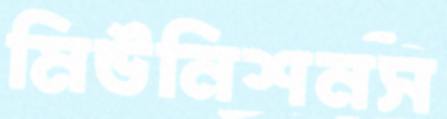
মিউনিশনস